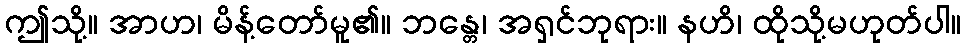
ဤသို့။ အာဟ၊ မိန့်တော်မူ၏။ ဘန္တေ၊ အရှင်ဘုရား။ နဟိ၊ ထိုသို့မဟုတ်ပါ။